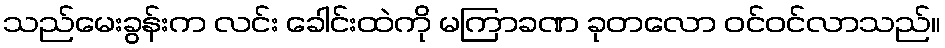
သည်မေးခွန်းက လင်း ခေါင်းထဲကို မကြာခဏ ခုတလော ဝင်ဝင်လာသည်။